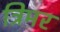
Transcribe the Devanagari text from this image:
त्रिमर